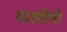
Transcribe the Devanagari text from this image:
मारतीनो